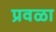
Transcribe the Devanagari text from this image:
प्रवळा